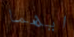
ايهما